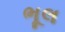
ભૂલ